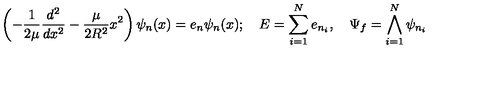
\left( - \frac { 1 } { 2 \mu } \frac { d ^ { 2 } } { d x ^ { 2 } } - \frac { \mu } { 2 R ^ { 2 } } x ^ { 2 } \right) \psi _ { n } ( x ) = e _ { n } \psi _ { n } ( x ) ; \quad E = \sum _ { i = 1 } ^ { N } e _ { n _ { i } } , \quad \Psi _ { f } = \bigwedge _ { i = 1 } ^ { N } \psi _ { n _ { i } }